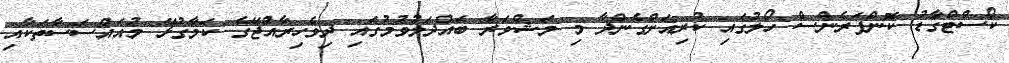
ކޯސްޓްގާޑު ކޮންފަރެންސް ހޯލުގައި ކުރިއަށްގެންދާ މި މަޝްވަރާ ބައްދަލުވުމުގައި ދިވެހިރާއްޖޭގެ ކަމާގުޅޭ މުއައްސަސާތަކާއި